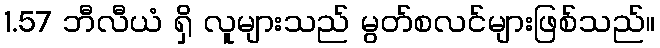
1.57 ဘီလီယံ ရှိ လူများသည် မွတ်စလင်များဖြစ်သည်။